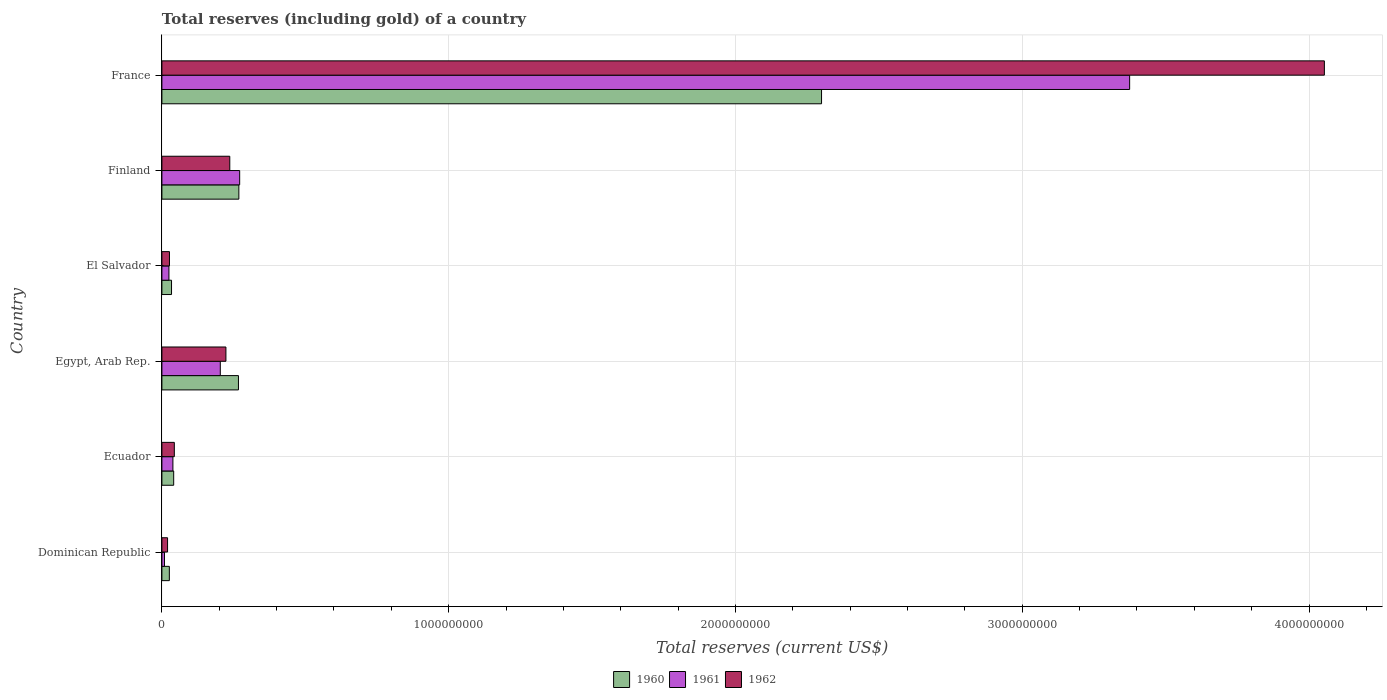
| Country | 1960 | 1961 | 1962 |
 | --- | --- | --- | --- |
 | Dominican Republic | 2.6e+07 | 9.02e+06 | 1.97e+07 |
 | Ecuador | 4.11e+07 | 3.84e+07 | 4.33e+07 |
 | Egypt, Arab Rep. | 2.67e+08 | 2.04e+08 | 2.23e+08 |
 | El Salvador | 3.36e+07 | 2.46e+07 | 2.64e+07 |
 | Finland | 2.68e+08 | 2.71e+08 | 2.37e+08 |
 | France | 2.3e+09 | 3.37e+09 | 4.05e+09 |